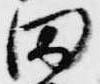
田